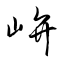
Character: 峅